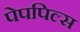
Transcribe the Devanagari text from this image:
पेपपिल्स